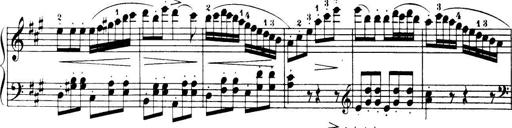
Title: 32 Sonatinas and Rondos for the Piano
Composer: Richard Kleinmichel